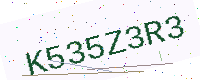
Text: K535Z3R3